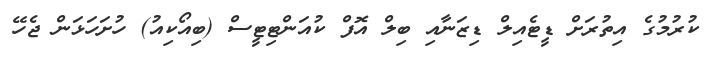
ކުރުމުގެ އިތުރަށް ޑީޓެއިލް ޑިޒަނާއި ބިލް އޮފް ކުއަންޓިޓީސް (ބިއޯކިއު) ހުށަހަޅަން ޖެހޭ